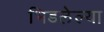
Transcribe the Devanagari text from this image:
भिडलेल्या